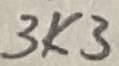
Text: 3K3